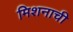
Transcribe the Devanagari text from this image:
मिशनाची